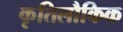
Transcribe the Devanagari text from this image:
कृतिलौकिक